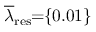
\! \! \! \! \! \! \overline { { \lambda } } _ { \mathrm { { r e s } } } \! \! = \! \! \{ 0 . 0 1 \} \! \! \!